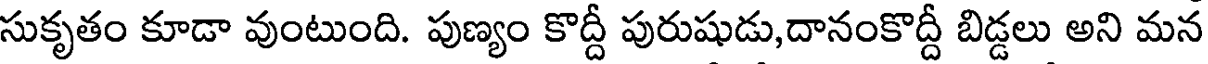
సుకృతం కూడా వుంటుంది. పుణ్యం కొద్దీ పురుషుడు,దానంకొద్దీ బిడ్డలు అని మన